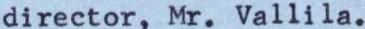
director, Mr.Vallila.